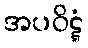
အပဝိဋ္ဋံ